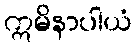
ဣမိနာပါယံ